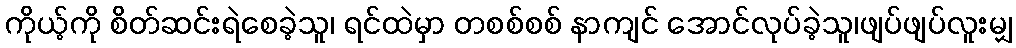
ကိုယ့်ကို စိတ်ဆင်းရဲစေခဲ့သူ၊ ရင်ထဲမှာ တစစ်စစ် နာကျင် အောင်လုပ်ခဲ့သူ၊ဖျပ်ဖျပ်လူးမျှ